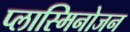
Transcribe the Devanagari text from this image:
प्लास्मिनोजन